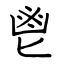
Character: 鬯